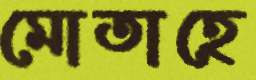
মোতাহে